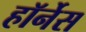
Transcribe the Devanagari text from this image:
हॉर्नेस